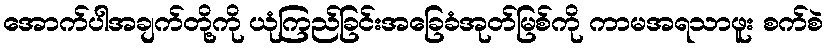
အောက်ပါအချက်တို့ကို ယုံကြည်ခြင်းအခြေခံအုတ်မြစ်ကို ကာမအရသာဖူး စက်စဲ